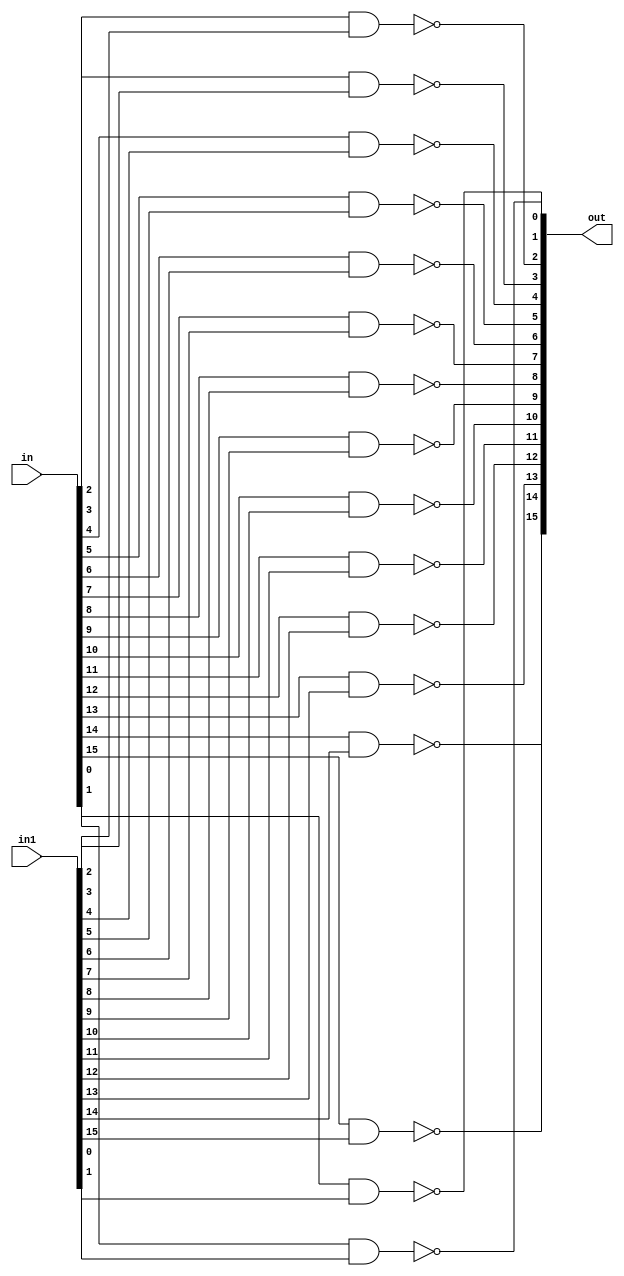
 module nand16(in, in1, out);
    
  input [15:0] in; 			//A
  input [15:0] in1; 			//B
  output [15:0] out; 			//C	

		
  nand nand1(out[0],   in[0],  in1[0]),
       nand2(out[1],   in[1],  in1[1]),
       nand3(out[2],   in[2],  in1[2]),
       nand4(out[3],   in[3],  in1[3]),
       nand5(out[4],   in[4],  in1[4]),
       nand6(out[5],   in[5],  in1[5]),
       nand7(out[6],   in[6],  in1[6]),
       nand8(out[7],   in[7],  in1[7]),
       nand9(out[8],   in[8],  in1[8]),
       nand10(out[9],  in[9],  in1[9]),
       nand11(out[10], in[10], in1[10]),
       nand12(out[11], in[11], in1[11]),
       nand13(out[12], in[12], in1[12]),
       nand14(out[13], in[13], in1[13]),
       nand15(out[14], in[14], in1[14]),
       nand16(out[15], in[15], in1[15]);

endmodule

module main;
reg [15:0] inNand ;
reg [15:0] inNand1;
wire[15:0] outNand ;
nand16 zap(inNand, inNand1, outNand);
  initial 
    begin
   inNand = 16'b0000000011111111;
   inNand1 = 16'b1111111101010101;
    #10;
      $display("Testing 16 bit NAND-------");
      $display("operand 1 is %b", inNand);
      $display("operand 2 is %b", inNand1);
      $display("output is    %b", outNand);
      $finish ;
    end

endmodule